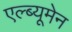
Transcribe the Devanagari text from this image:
एल्ब्यूमेन